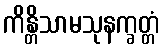
ကိန္တိသာမသုနက္ခတ္တံ